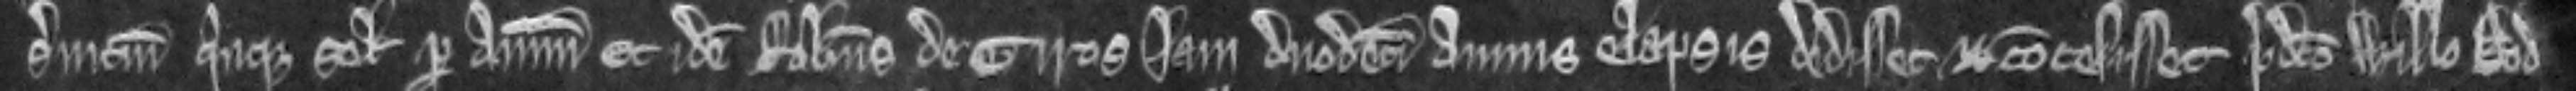
servicium quinque solidorum per annum et idem Robertus de Giros jam duodecim annis elapsis dedisset et concessisset predicto Willelmo Dod